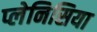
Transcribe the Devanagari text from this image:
प्लेनिसिया